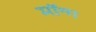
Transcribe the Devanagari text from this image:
मॉन्ग